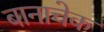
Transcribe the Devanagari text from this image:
बानाचेक